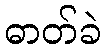
ဓာတ်ခဲ